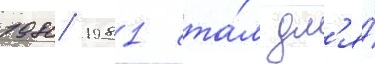
1980/ 1981 ста́л дл'я́